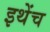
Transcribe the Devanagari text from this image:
इथेंच